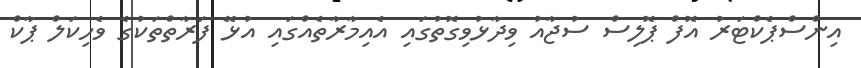
އިންސްޕެކްޓަރު އޮފް ޕޮލިސް ސުޖާއު ވިދާޅުވިގޮތުގައި އެއިމާރާތެއްގައި އުޅޭ ފަރާތްތަކުގެ ވެހިކަލް ޕާކް